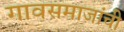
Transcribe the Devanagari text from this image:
गावसमाजांची